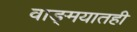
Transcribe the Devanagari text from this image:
वाङ्‌मयातही